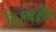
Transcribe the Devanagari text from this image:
किरणदेखील